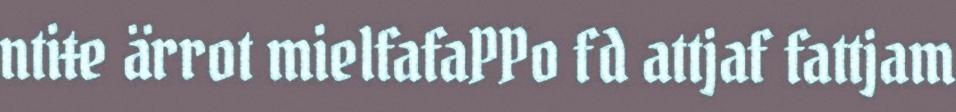
ntiŧe ärrot mielfafaPPo fd attjaf fattjam